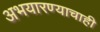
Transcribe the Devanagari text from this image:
अभयारण्याचाही